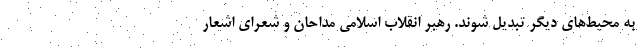
به محیط‌های دیگر تبدیل شوند. رهبر انقلاب اسلامی مداحان و شعرای اشعار